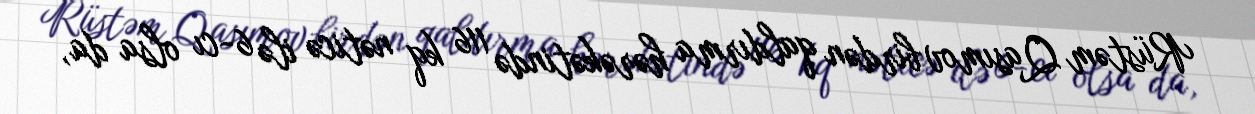
Rüstəm Qasımov birdən qaldırma hərəkətində 116 kq nəticə ilə 6-cı olsa da,